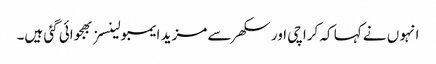
انہو ں نے کہا کہ کراچی اور سکھر سے مزید ایمبولینسز بھجوائی گئی ہیں۔